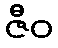
ဇီဝ